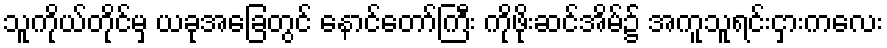
သူကိုယ်တိုင်မှ ယခုအခြေတွင် နောင်တော်ကြီး ကိုဖိုးဆင်အိမ်၌ အကူသူရင်းငှားကလေး